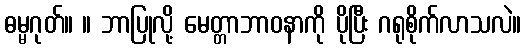
ဓမ္မဂုတ်။ ။ ဘာပြုလို့ မေတ္တာဘာဝနာကို ပိုပြီး ဂရုစိုက်လာသလဲ။